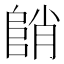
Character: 𱀓